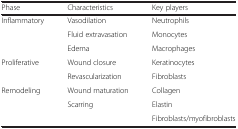
<table><thead><tr><td><b>Phase</b></td><td><b>Characteristics</b></td><td><b>Key players</b></td></tr></thead><tbody><tr><td>Inflammatory</td><td>Vasodilation</td><td>Neutrophils</td></tr><tr><td></td><td>Fluid extravasation</td><td>Monocytes</td></tr><tr><td></td><td>Edema</td><td>Macrophages</td></tr><tr><td>Proliferative</td><td>Wound closure</td><td>Keratinocytes</td></tr><tr><td></td><td>Revascularization</td><td>Fibroblasts</td></tr><tr><td>Remodeling</td><td>Wound maturation</td><td>Collagen</td></tr><tr><td></td><td>Scarring</td><td>Elastin</td></tr><tr><td></td><td></td><td>Fibroblasts/myofibroblasts</td></tr></tbody></table>